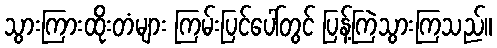
သွားကြားထိုးတံများ ကြမ်းပြင်ပေါ်တွင် ပြန့်ကြဲသွားကြသည်။